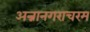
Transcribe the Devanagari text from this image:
अन्नानगराचरम